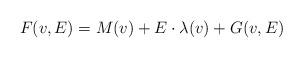
LaTeX: \begin{align*} F (v,E) = M(v) + E\cdot \lambda(v) + G(v,E)\end{align*}